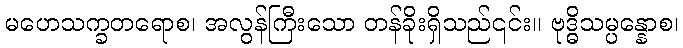
မဟေသက္ခတရောစ၊ အလွန်ကြီးသော တန်ခိုးရှိသည်၎င်း။ ဗုဒ္ဓိသမ္ပန္နောစ၊